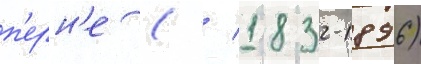
п'ерн'е ( / 1832-1896)